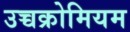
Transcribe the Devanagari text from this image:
उच्चक्रोमियम